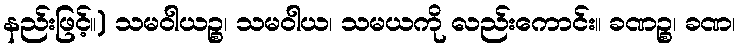
နည်းဖြင့်။) သမဝါယဉ္စ၊ သမဝါယ၊ သမယကို လည်းကောင်း။ ခဏဉ္စ၊ ခဏ၊